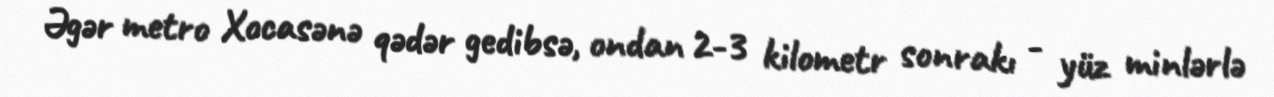
Əgər metro Xocasənə qədər gedibsə, ondan 2-3 kilometr sonrakı - yüz minlərlə